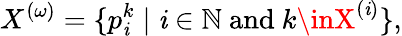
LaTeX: X^{(\omega)}=\{ p_{\mathit{i}}^{k}\mid\mathit{i}\in\mathbb{{N}}{\mathrm{{~and~}}}k\inX^{(\mathit{i})}\} ,